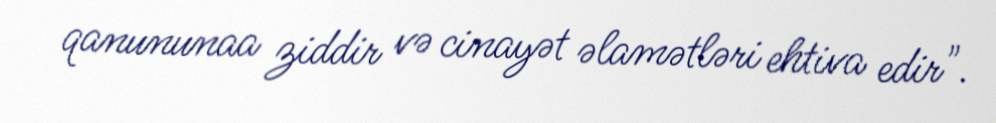
qanununaa ziddir və cinayət əlamətləri ehtiva edir".